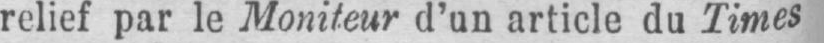
relief par le Moniteur d’un article du Times